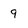
Character: 9